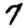
Digit: 7